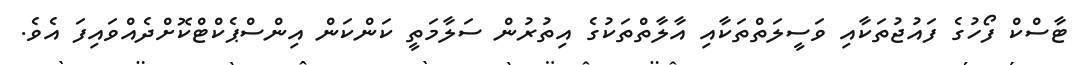
ޓާސްކް ފޯހުގެ ފައުޖުތަކާއި ވަސީލަތްތަކާއި އާލާތްތަކުގެ އިތުރުން ސަލާމަތީ ކަންކަން އިންސްޕެކްޓްކޮށްދެއްވައިފަ އެވެ.